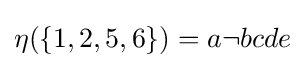
{\textstyle \eta (\{1,2,5,6\})=a\neg bcde}